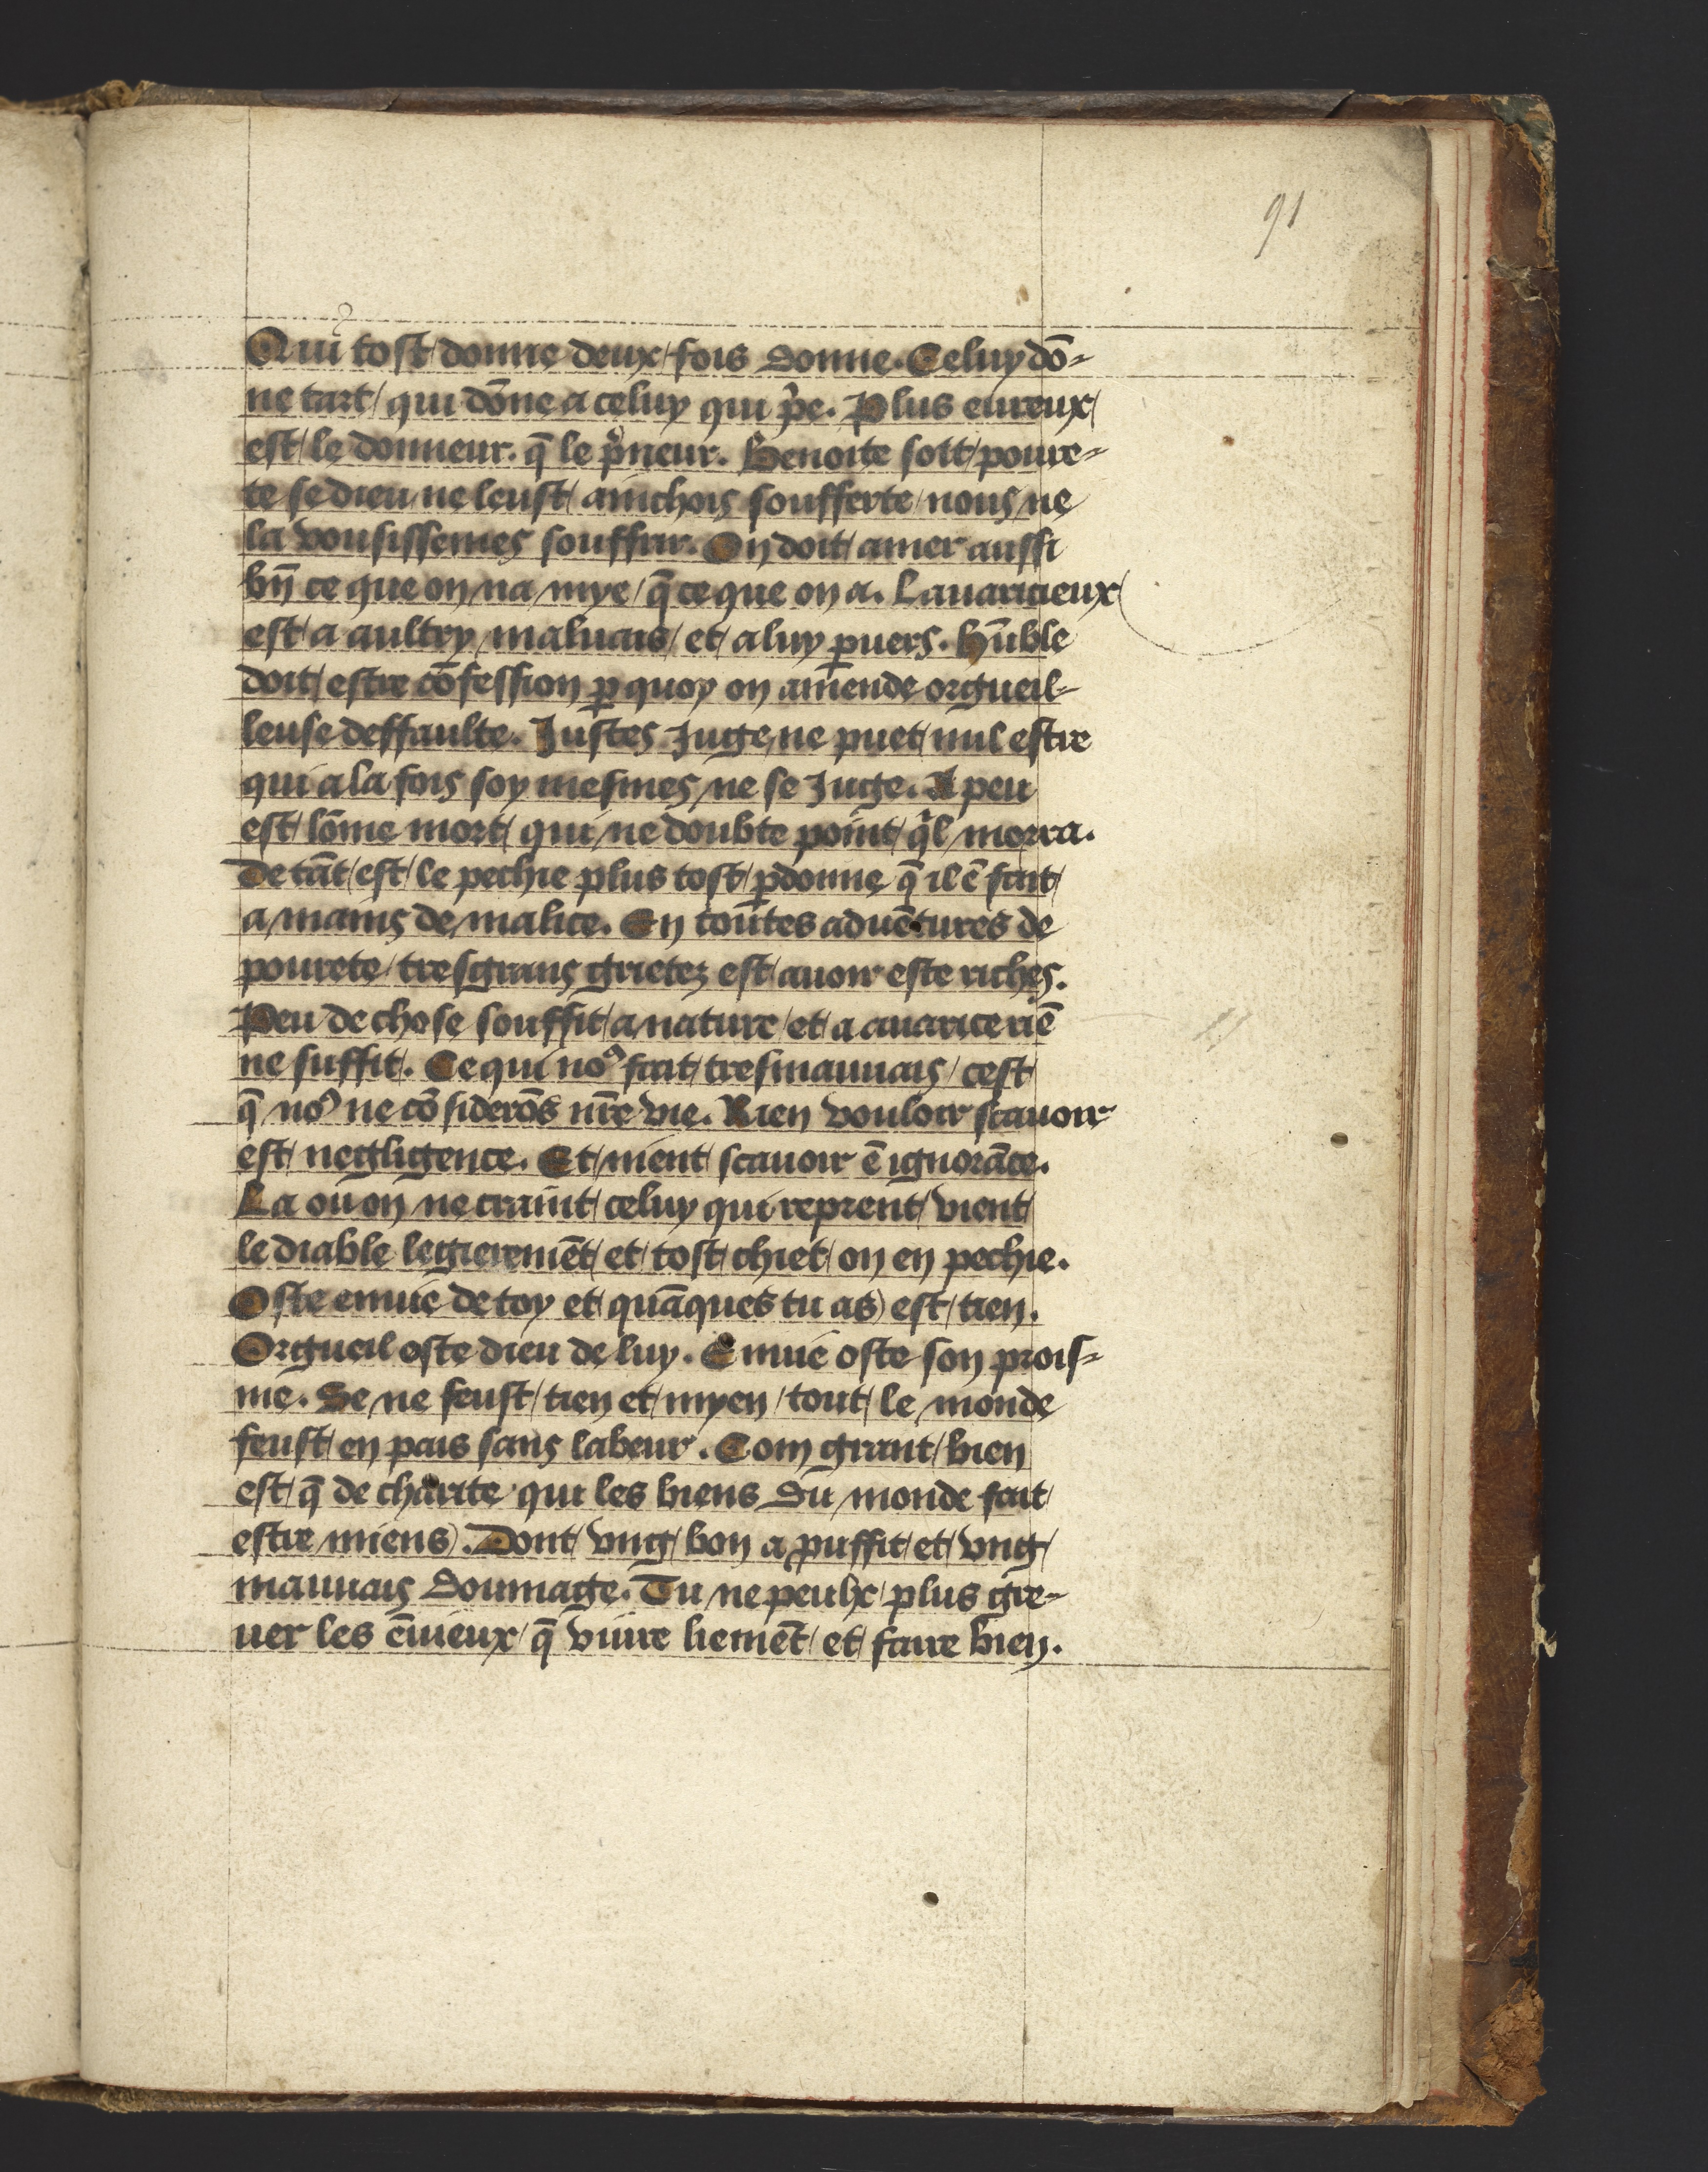
Shelfmark: Philadelphia, University of Pennsylvania, Ms. Codex 660
Century: 14